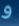
و